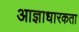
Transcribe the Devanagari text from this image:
आज्ञाधारकता